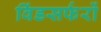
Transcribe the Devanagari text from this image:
विंडसर्फरों